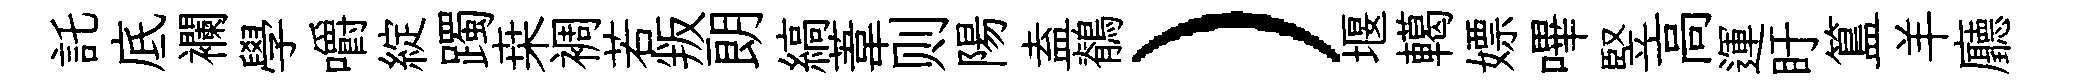
託底襴學嚼綻躅桒裯若叛朗縞葦则陽盍鶺）堰轕嫖嗶竪高運盱簋羊廳